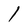
Character: l